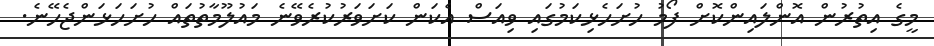
މީގެ އިތުރުން އޮންލައިންކޮށް ފޯމު ހުށަހެޅިކަމުގައި ވިއަސް އެކަން ކަށަވަރުކުރެވޭނެ މައުލޫމާތުތައް ހުށަހަޅަންޖެހޭނެ.